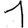
Digit: 1